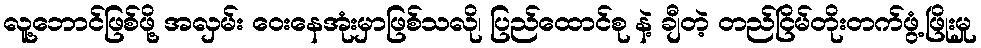
လူ့ဘောင်ဖြစ်ဖို့ အလှမ်း ဝေးနေအုံးမှာဖြစ်သလို၊ ပြည်ထောင်စု နဲ့ ချီတဲ့ တည်ငြိမ်တိုးတက်ဖွံ့ဖြိုးမှု